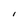
Character: l